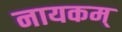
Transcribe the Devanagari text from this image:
नायकम्‌